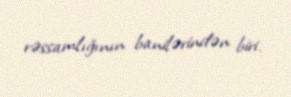
rəssamlığının banilərindən biri.